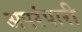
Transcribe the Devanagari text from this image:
अपरंपारी